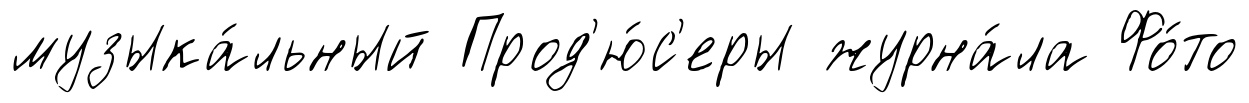
музыка́льный Прод'ю́с'еры журна́ла Фо́то